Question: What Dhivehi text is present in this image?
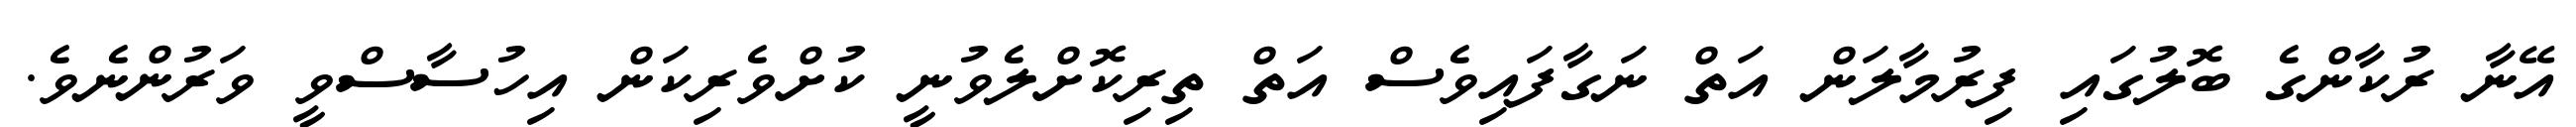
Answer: އޭނާ ރުކާންގެ ބޮލުގައި ފިރުމާލަން އަތް ނަގާފައިވެސް އަތް ތިރިކޮށްލެވުނީ ކުށްވެރިކަން އިހުސާސްވީ ވަރުންނެވެ.